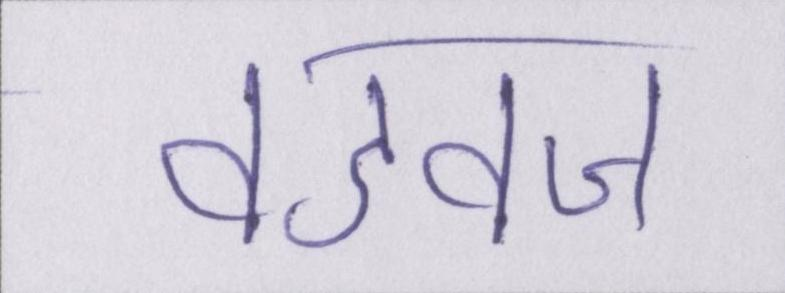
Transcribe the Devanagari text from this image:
वडवज